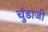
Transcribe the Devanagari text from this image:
चुंडाजी